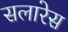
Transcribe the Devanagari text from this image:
सलारेस